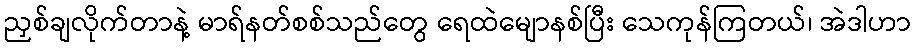
ညှစ်ချလိုက်တာနဲ့ မာရ်နတ်စစ်သည်တွေ ရေထဲမျောနစ်ပြီး သေကုန်ကြတယ်၊ အဲဒါဟာ